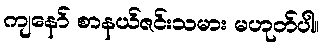
ကျနော် စာနယ်ဇင်းသမား မဟုတ်ပါ။